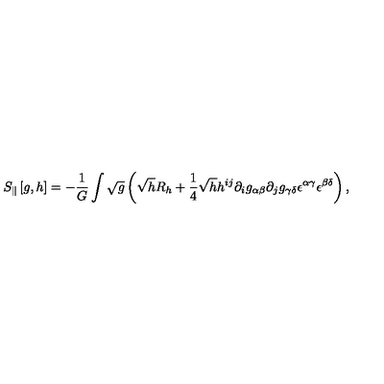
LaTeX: S _ { \| } \left[ g , h \right] = - { \frac { 1 } { G } } \int \sqrt g \left( \sqrt h R _ { h } + { \frac { 1 } { 4 } } \sqrt h h ^ { i j } \partial _ { i } g _ { \alpha \beta } \partial _ { j } g _ { \gamma \delta } { \epsilon } ^ { \alpha \gamma } { \epsilon } ^ { \beta \delta } \right) ,